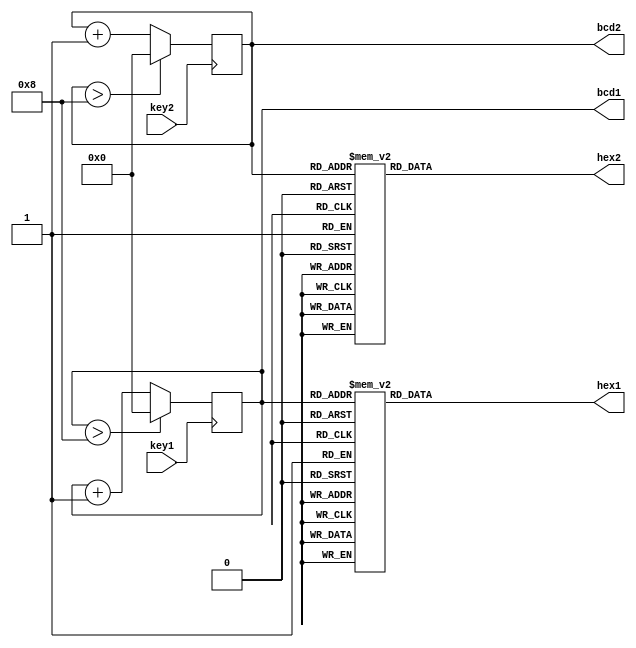
module digitos(key1,key2,hex1,hex2,bcd1,bcd2);
	input key1,key2;
	output reg [6:0] hex1,hex2;
	reg [3:0]d1,d2;
	output reg [3:0] bcd1,bcd2;
	
initial begin
	d2<=0;
	d1<=0;
	end
	
	function [6:0] display;
		input [3:0] bcd;
		reg   [6:0] segmentos;
		//if (r) begin
		//bcd = 0;
		//end
	begin
	case (bcd)
		0: segmentos = 7'b1000000;	//gfedcba 
		1: segmentos = 7'b1111001;
		2: segmentos = 7'b0100100;
		3: segmentos = 7'b0110000;
		4: segmentos = 7'b0011001;
		5: segmentos = 7'b0010010;
		6: segmentos = 7'b0000010;
		7: segmentos = 7'b1111000;
		8: segmentos = 7'b0000000; 
		9: segmentos = 7'b0010000;
		default: segmentos = 7'bx;
		endcase	
	display = segmentos;
	end	
	endfunction
	
always@(negedge key1) begin 
		d1<=d1+1;
		if(d1>9-1) 
			d1<=0;		
end	

always@(negedge key2) begin 		
		d2<=d2+1;
		if(d2>9-1) 
			d2<=0;	
end

always @(*) begin
	bcd1<=d1;
	bcd2<=d2;
end	

always@(bcd1)	begin
	hex1= display(bcd1);
end
always@(bcd2)	begin
	hex2= display(bcd2);
end	



endmodule